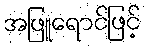
အဖြူရောင်ဖြင့်